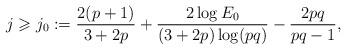
LaTeX: \begin{align*}j\geqslant j_0:= \frac{2(p+1)}{3+2p}+\frac{2\log E_0}{(3+2p)\log(pq)}-\frac{2pq}{pq-1},\end{align*}